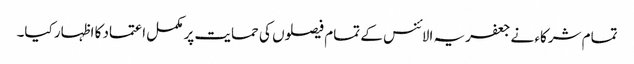
تمام شرکاء نے جعفریہ الائنس کے تمام فیصلوں کی حمایت پر مکمل اعتماد کا اظہار کیا۔